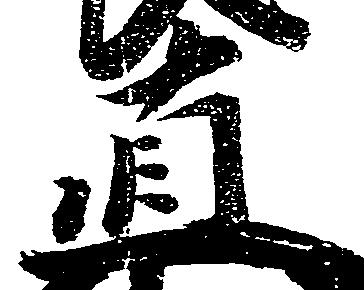
直